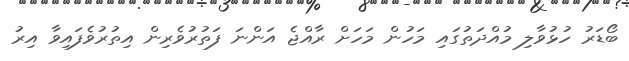
ބޯޑަރު ހުޅުވާލި މުއްދަތުގައި މަހުން މަހަށް ރާއްޖެ އަންނަ ފަތުރުވެރިން އިތުރުވެފައިވާ އިރު